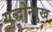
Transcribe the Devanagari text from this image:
युद्धोन्मुख